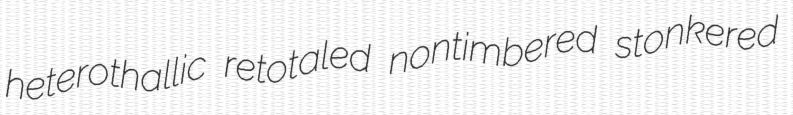
heterothallic retotaled nontimbered stonkered